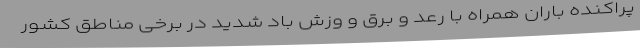
پراکنده باران همراه با رعد و برق و وزش باد شدید در برخی مناطق کشور